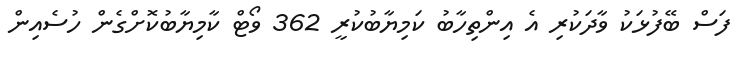
ފަސް ބޭފުޅަކު ވާދަކުރި އެ އިންތިހާބު ކަމިޔާބުކުރީ 362 ވޯޓް ކާމިޔާބުކޮށްގެން ހުސެއިން